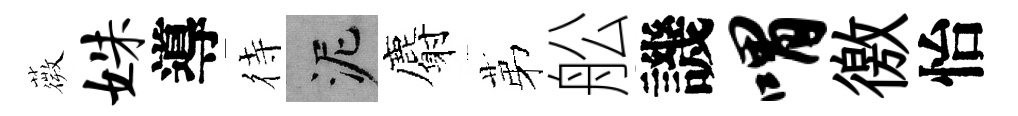
薇姝導待泥麝苐舩譏喟徼怡